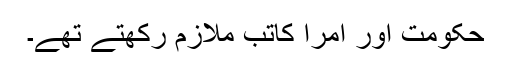
حکومت اور امرا کاتب ملازم رکھتے تھے۔